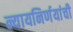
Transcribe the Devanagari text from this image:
न्यायनिर्णयांची